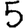
Digit: 5